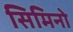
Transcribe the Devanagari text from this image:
सिमिनो